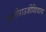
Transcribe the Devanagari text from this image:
बाजीराउजीशिवाय